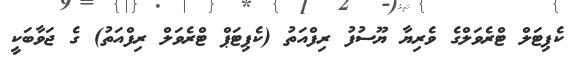
ކެޕިޓަލް ޓްރެވަލްގެ ވެރިޔާ ޔޫސުފު ރިފްއަތު (ކެޕިޓަޕް ޓްރެވަލް ރިފްއަތު) ގެ ޖަވާބަކީ